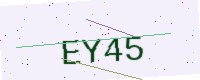
Text: EY45